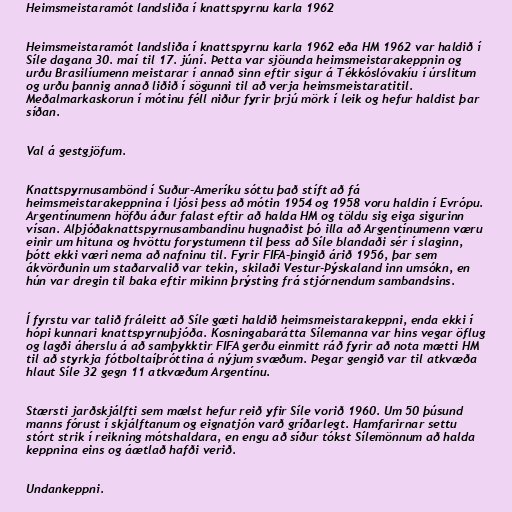
Heimsmeistaramót landsliða í knattspyrnu karla 1962

Heimsmeistaramót landsliða í knattspyrnu karla 1962 eða HM 1962 var haldið í
Síle dagana 30. maí til 17. júní. Þetta var sjöunda heimsmeistarakeppnin og
urðu Brasilíumenn meistarar í annað sinn eftir sigur á Tékkóslóvakíu í úrslitum
og urðu þannig annað liðið í sögunni til að verja heimsmeistaratitil.
Meðalmarkaskorun í mótinu féll niður fyrir þrjú mörk í leik og hefur haldist þar
síðan.

Val á gestgjöfum.

Knattspyrnusambönd í Suður-Ameríku sóttu það stíft að fá
heimsmeistarakeppnina í ljósi þess að mótin 1954 og 1958 voru haldin í Evrópu.
Argentínumenn höfðu áður falast eftir að halda HM og töldu sig eiga sigurinn
vísan. Alþjóðaknattspyrnusambandinu hugnaðist þó illa að Argentínumenn væru
einir um hituna og hvöttu forystumenn til þess að Síle blandaði sér í slaginn,
þótt ekki væri nema að nafninu til. Fyrir FIFA-þingið árið 1956, þar sem
ákvörðunin um staðarvalið var tekin, skilaði Vestur-Þýskaland inn umsókn, en
hún var dregin til baka eftir mikinn þrýsting frá stjórnendum sambandsins.

Í fyrstu var talið fráleitt að Síle gæti haldið heimsmeistarakeppni, enda ekki í
hópi kunnari knattspyrnuþjóða. Kosningabarátta Sílemanna var hins vegar öflug
og lagði áherslu á að samþykktir FIFA gerðu einmitt ráð fyrir að nota mætti HM
til að styrkja fótboltaíþróttina á nýjum svæðum. Þegar gengið var til atkvæða
hlaut Síle 32 gegn 11 atkvæðum Argentínu.

Stærsti jarðskjálfti sem mælst hefur reið yfir Síle vorið 1960. Um 50 þúsund
manns fórust í skjálftanum og eignatjón varð gríðarlegt. Hamfarirnar settu
stórt strik í reikning mótshaldara, en engu að síður tókst Sílemönnum að halda
keppnina eins og áætlað hafði verið.

Undankeppni.